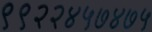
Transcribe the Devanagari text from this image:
९९२२४५७४७५